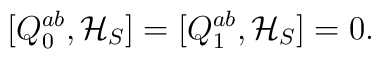
[ Q_0^{ab} , {\cal H}_S ]  = [ Q_1^{ab} , {\cal H}_S ] = 0.